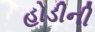
હોડીની